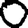
Digit: 0